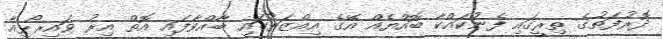
ދޮރުފަތުގެ ތިރީގައި ފެނުކައްކާ ބޮއްޔެއް އޭގެ އިއްޒަތުގައި ބާއްވާފައި އޮތް އިރު ވައިރޯޅިއާ